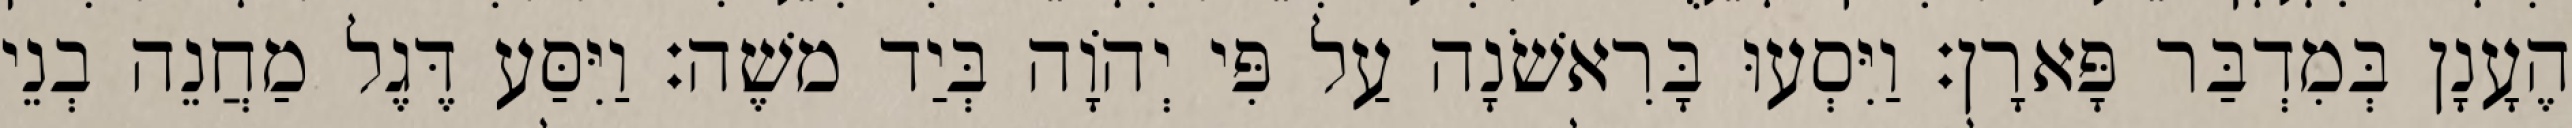
הֶעָנָן בְּמִדְבַּר פָּארָן׃ וַיִּסְעוּ בָּרִאשֹׁנָה עַל פִּי יְהוָֹה בְּיַד משֶׁה׃ וַיִּסַּע דֶּגֶל מַחֲנֵה בְנֵי